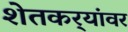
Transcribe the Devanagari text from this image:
शेतकर्‍यांवर